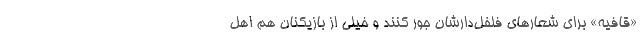
«قافیه» برای شعارهای فلفل‌دارشان جور کنند و خیلی از بازیکنان هم اهل